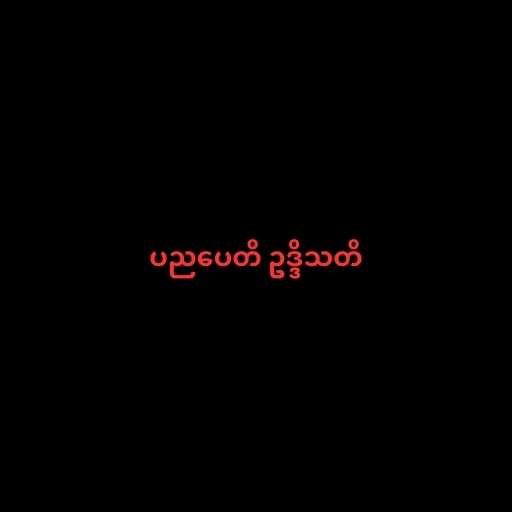
ပညပေတိ ဥဒ္ဒိသတိ